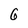
Character: 6